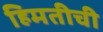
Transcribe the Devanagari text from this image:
हिमतीची